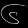
Digit: ၆